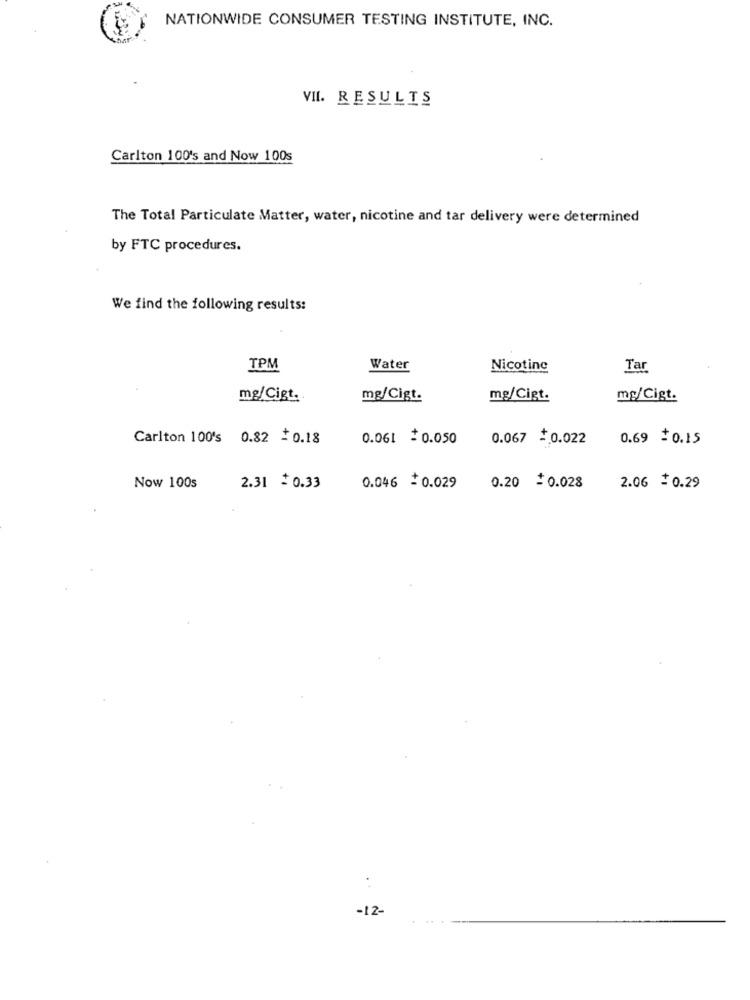
NATIONWIDE CONSUMER TESTING INSTITUTE, INC.
VII. RESULTS
Carlton 100's and Now 100s
The Total Particulate Matter, water, nicotine and tar delivery were determined
by FTC procedures.
We find the following results:
TPM
Water
Nicotine
Tar
mg/Cigt.
mg/Cigt.
mg/Cigt.
mg/Cigt.
Carlton 100's 0.82 +0.18
0.061 =0.050
0.067 0.022
0.69 $0.15
Now 100s
2.31 =0.33
0.046 =0.029
0.20 =0.028
2.06 +0.29
. .
-12-